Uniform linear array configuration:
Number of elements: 48
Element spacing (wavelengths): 0.25
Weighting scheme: kaiser
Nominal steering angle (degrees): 15
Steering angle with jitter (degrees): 15.876
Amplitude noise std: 0.05
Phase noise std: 0.05

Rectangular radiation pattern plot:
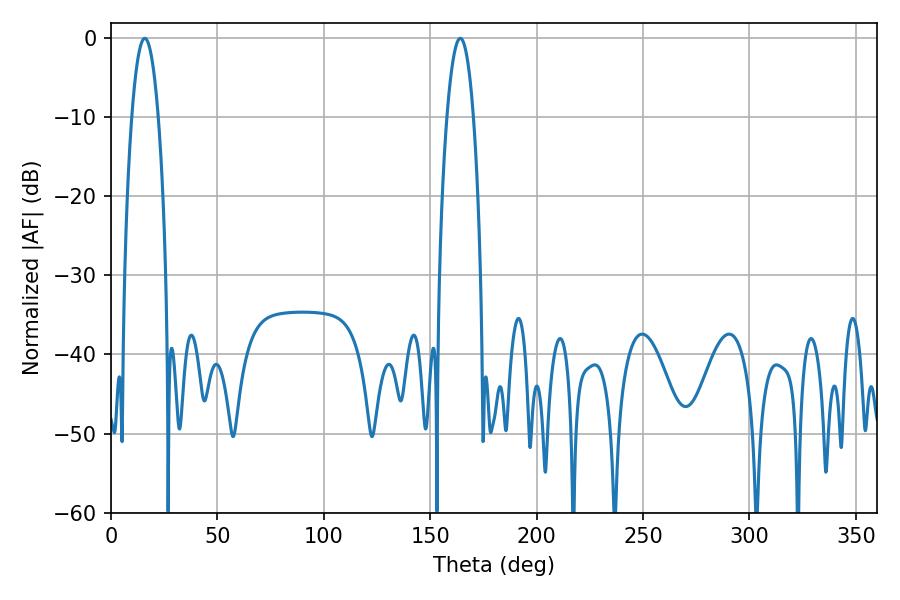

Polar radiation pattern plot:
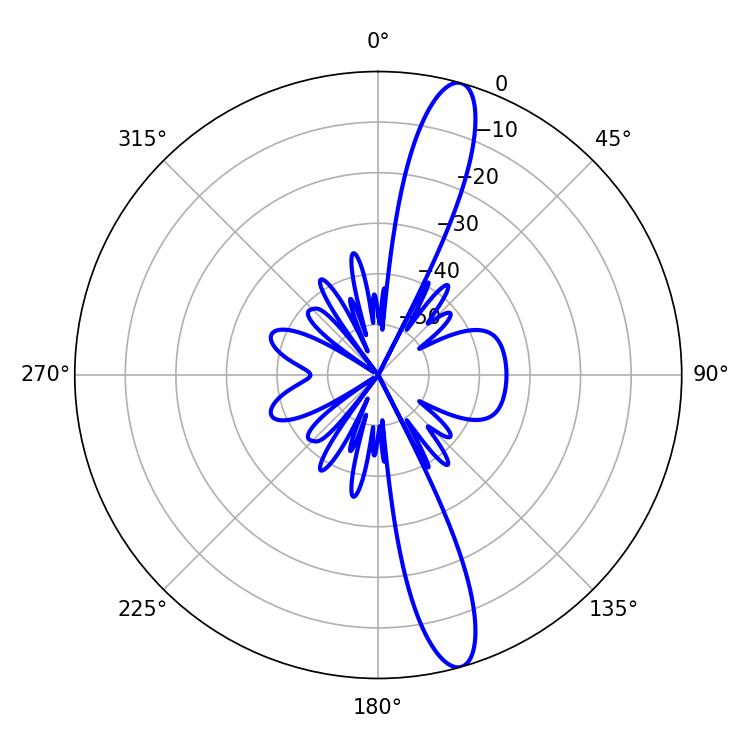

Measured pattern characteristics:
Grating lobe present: FALSE
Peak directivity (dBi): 14.501
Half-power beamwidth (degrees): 6.84
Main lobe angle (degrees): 15.84